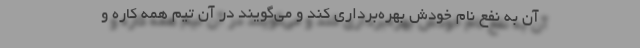
آن به نفع نام خودش بهره‌برداری کند و می‌گویند در آن تیم همه کاره و